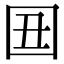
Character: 𡆴